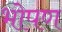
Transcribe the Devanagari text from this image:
भोपण